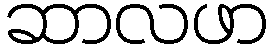
ဆာလဖာ